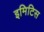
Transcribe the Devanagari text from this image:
इमिटिस